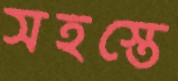
সহস্তে